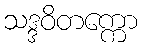
သဒ္ဒဝိတက္ကော